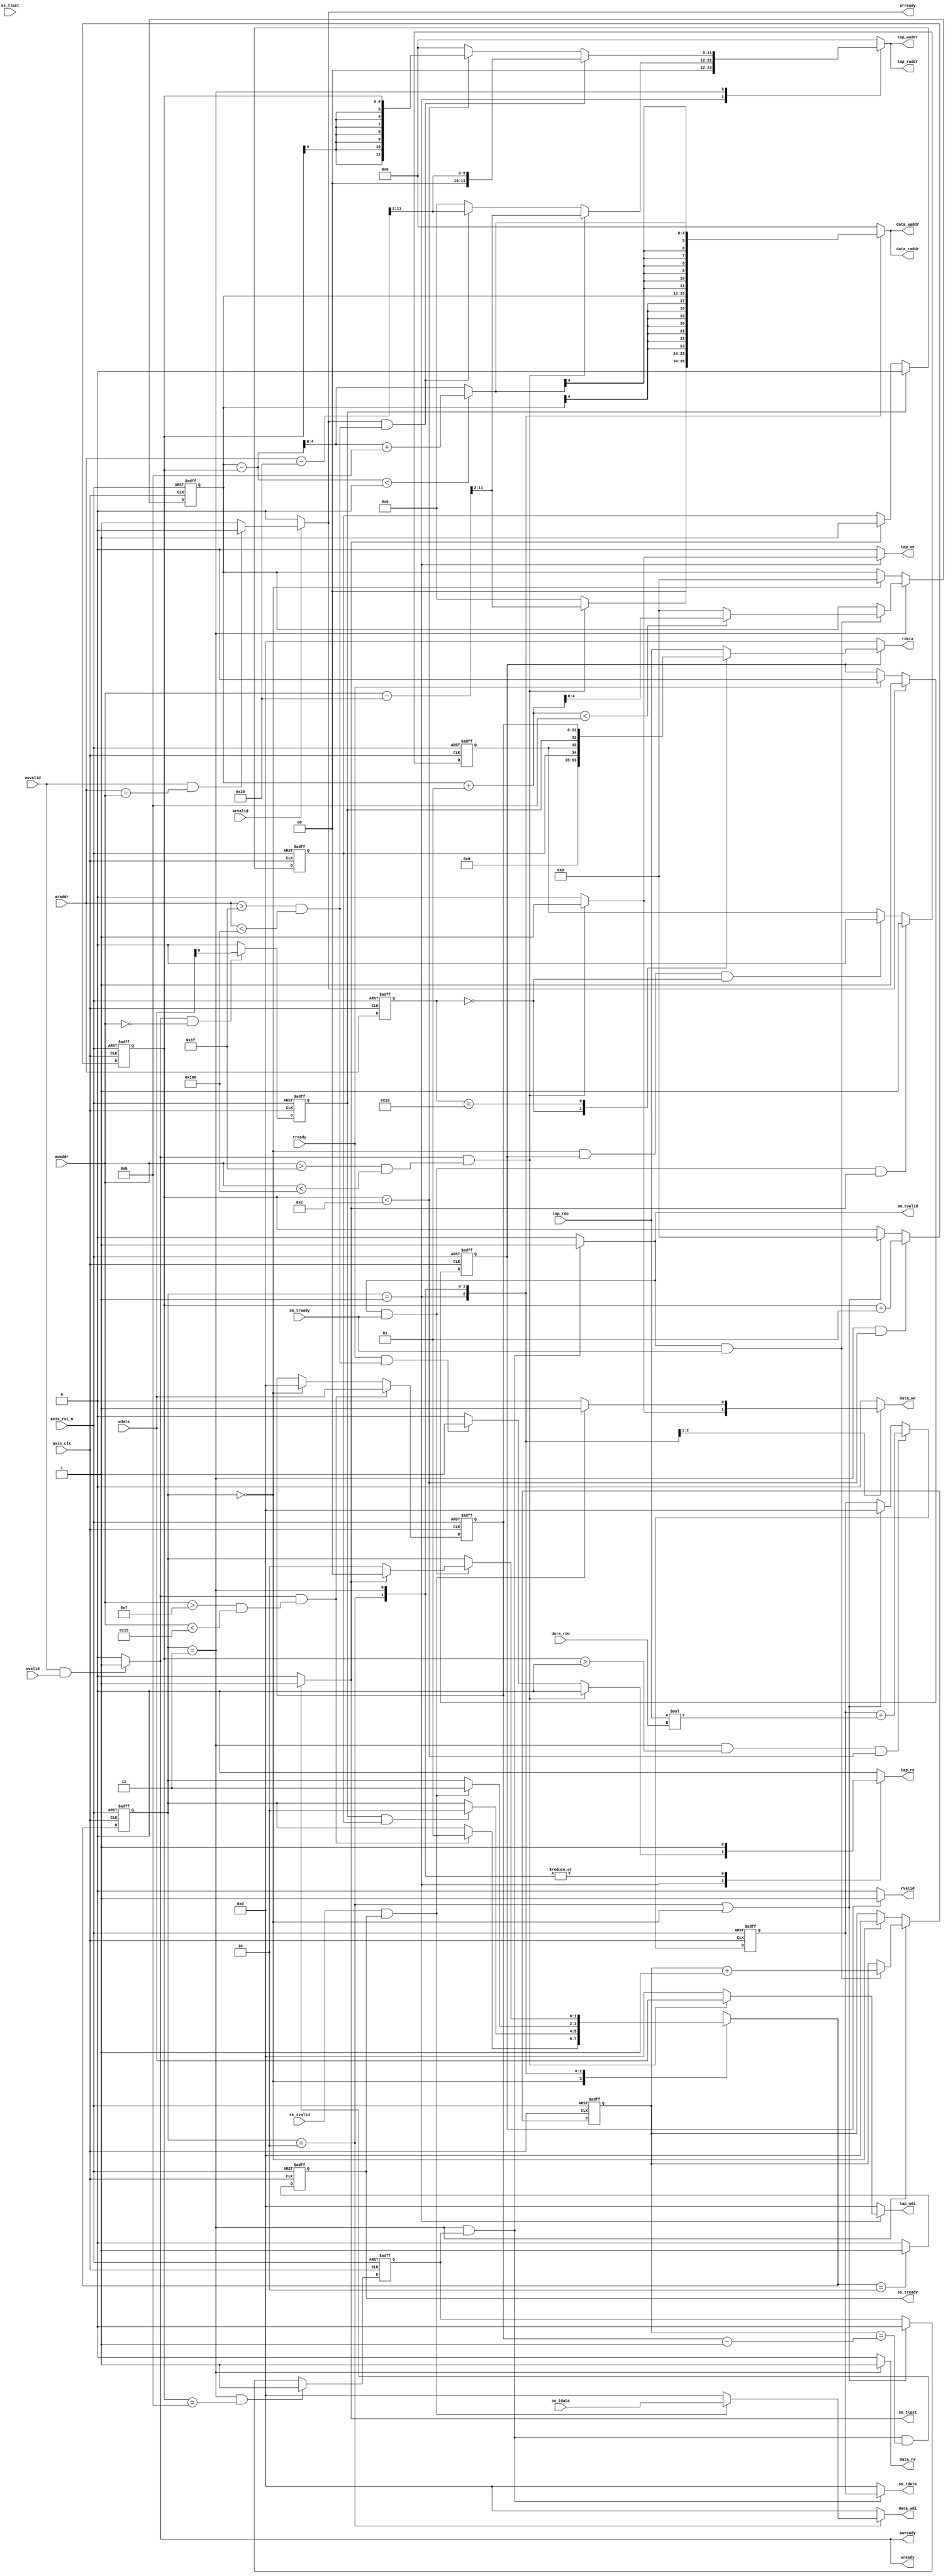
module fir 
#(  parameter pADDR_WIDTH = 12,
    parameter pDATA_WIDTH = 32,
    parameter Tape_Num    = 11
)
(

    //config_reg(ap, data_length, tap_coeffient)
    //write
    output  reg                      awready,
    output  reg                      wready,
    input   wire                     awvalid,
    input   wire [(pADDR_WIDTH-1):0] awaddr,
    input   wire                     wvalid,
    input   wire [(pDATA_WIDTH-1):0] wdata,

    //read
    output  reg                      arready,
    input   wire                     rready,
    input   wire                     arvalid,
    input   wire [(pADDR_WIDTH-1):0] araddr,
    output  reg                      rvalid,
    output  reg  [(pDATA_WIDTH-1):0] rdata,
    
    // x
    input   wire                     ss_tvalid, 
    input   wire [(pDATA_WIDTH-1):0] ss_tdata, 
    input   wire                     ss_tlast, 
    output  reg                      ss_tready, 

    // y
    input   wire                     sm_tready, 
    output  reg                      sm_tvalid, 
    output  reg  [(pDATA_WIDTH-1):0] sm_tdata, 
    output  reg                      sm_tlast, 
    
    /*
    // bram for tap RAM
    output  reg  [3:0]               tap_WE,
    output  reg                      tap_EN,
    output  reg  [(pDATA_WIDTH-1):0] tap_wdi,
    output  reg  [(pADDR_WIDTH-1):0] tap_A,
    input   wire [(pDATA_WIDTH-1):0] tap_rdo,

    // bram for data RAM
    output  reg  [3:0]               data_WE,
    output  reg                      data_EN,
    output  reg  [(pDATA_WIDTH-1):0] data_wdi,
    output  reg  [(pADDR_WIDTH-1):0] data_A,
    input   wire [(pDATA_WIDTH-1):0] data_rdo,
    */

    // bram for tap RAM
    output  reg                      tap_we,
    output  reg                      tap_re,
    output  reg  [(pADDR_WIDTH-1):0] tap_waddr,
    output  reg  [(pADDR_WIDTH-1):0] tap_raddr,
    output  reg  [(pDATA_WIDTH-1):0] tap_wdi,
    input   wire [(pDATA_WIDTH-1):0] tap_rdo,

    // bram for data RAM
    output  reg                      data_we,
    output  reg                      data_re,
    output  reg  [(pADDR_WIDTH-1):0] data_waddr,
    output  reg  [(pADDR_WIDTH-1):0] data_raddr,
    output  reg  [(pDATA_WIDTH-1):0] data_wdi,
    input   wire [(pDATA_WIDTH-1):0] data_rdo,

    input   wire                     axis_clk,
    input   wire                     axis_rst_n
);


//================================================================
// wire & registers 
//================================================================

//configuration register
/*
reg [(pDATA_WIDTH-1):0] config_reg [0:4096-1]; //2^pADDR_WIDTH, but only addr under FF is used, so maybe only [0:255] is needed?
assign ap_start = config_reg[12'h00][0];
assign ap_done = config_reg[12'h00][1];
assign ap_idle = config_reg[12'h00][2];
assign data_length = config_reg[12'h10];
*/

reg ap_start, ap_done, ap_idle;
reg [31:0] data_length;


//==============================================//
//            FSM State Declaration             //
//==============================================//
//FSM states
parameter S_IDLE = 'd0;
parameter S_TAP = 'd1;
parameter S_DATA = 'd2;
parameter S_SUM = 'd3;

reg [1:0] current_state, next_state;

always @(posedge axis_clk or negedge axis_rst_n) begin
	if(!axis_rst_n) 
		current_state <= S_IDLE;
	else
		current_state <= next_state;
end

always @(*) begin
    case(current_state)
        S_IDLE: begin
            if(wready && (awaddr > 12'h0F && awaddr < 12'h15))  next_state = S_TAP;
            else                                                next_state = current_state;
        end
        S_TAP: begin
            if(ap_start & ap_idle)     next_state = S_DATA;
            else                       next_state = current_state;
        end
        S_DATA: begin
            if(ss_tvalid & ss_tready)     next_state = S_SUM;    // data in
            else                          next_state = current_state;
        end
        S_SUM: begin
            if(sm_tvalid && sm_tready)  next_state = (sm_tlast) ? S_IDLE: S_DATA;  // data out
            else                        next_state = current_state;
        end
	    default : next_state = S_IDLE;
    endcase
end


//==============================================//
//                  design                      //
//==============================================//

// AXI-lite write

// addr or data flag
/*
reg awaddr_received;
always @(posedge axis_clk or negedge axis_rst_n) begin
    if(!axis_rst_n)
        awaddr_received <= 0;
    else
        if(awvalid && awready)
            awaddr_received <= 1;  //waiting for data
        else if(wvalid && wready)
            awaddr_received <= 0;  //data received
end
*/

/*
// addr record
reg [pADDR_WIDTH-1:0] waddr;
always @(posedge axis_clk or negedge axis_rst_n) begin
    if(!axis_rst_n)
        waddr <= 0;
    else
        if(wready && wvalid)
            waddr <= awaddr;
end
*/



// axi-lite read channel ready
always @(*) begin
    if(arvalid) begin  
        arready = (awvalid && (araddr == awaddr)) ? 0: 1; // in this case, the priority of write is higher than read
    end
    else begin
        arready = 0;
    end
end

// indicate the tap ram has been read, so rdata and rvalid can be sent out at next clk
reg read_request;
always @(posedge axis_clk or negedge axis_rst_n) begin
    if(!axis_rst_n)
        read_request <= 0;
    else
        if(arready)
            read_request <= 1;
        else if(rready)
            read_request <= 0;
end

/*
always @(posedge axis_clk or negedge axis_rst_n) begin
    if(!axis_rst_n) begin
        rvalid <= 0;
        rdata <= 0;
    end
    else begin
        if(rvalid) begin
            rvalid <= 0;
            rdata <= 0;
        end
        else if(read_request) begin
            rvalid <= 1;
            rdata <= tap_rdo;
        end
        else begin
            rvalid <= 0;
            rdata <= 0;
        end
    end
end
*/

reg [pADDR_WIDTH-1:0] araddr_reg;
always @(posedge axis_clk or negedge axis_rst_n) begin
    if(!axis_rst_n)
        araddr_reg <= 0;
    else
        araddr_reg <= araddr;
end

always @(*) begin
    if(read_request) begin
        rvalid = 1;
        /*
        if(current_state == S_TAP)
            rdata = tap_rdo;
        else
            if(araddr_reg == 12'h00)
                rdata = {{29{1'b0}}, ap_idle, ap_done, ap_start};
            else
                rdata = tap_rdo;
        */
        case(araddr_reg)
            12'h00:  rdata = {{29{1'b0}}, ap_idle, ap_done, ap_start};
            12'h10:  rdata = data_length;
            default: rdata = tap_rdo;
        endcase
    end
    else begin
        rvalid = 0;
        rdata = 0;
    end
end

/*
always @(posedge axis_clk or negedge axis_rst_n) begin
    if(!axis_rst_n) begin
        rvalid = 0;
        rdata = 0;
    end
    else begin
        if(arready) begin
            rvalid = 1;
            rdata = tap_rdo;
        end
        else begin
            rvalid = 0;
            rdata = 0;
        end
    end
end
*/

// axi-lite write channel ready
// two ready pull up only if both addr and data are valid
always @(*) begin
    if(awvalid && wvalid) begin
        awready = 1;
        wready = 1;
    end
    else begin
        awready = 0;
        wready = 0;
    end
end

// config_reg write

// data_length
always @(posedge axis_clk or negedge axis_rst_n) begin
    if(!axis_rst_n) begin
        data_length <= 0;
    end
    else
        if(wready && (awaddr > 12'h0F && awaddr < 12'h15))
            data_length <= wdata;
        else if(current_state == S_IDLE)
            data_length <= 0;
end


// ap_start
always @(posedge axis_clk or negedge axis_rst_n) begin
    if(!axis_rst_n) begin
        ap_start <= 0;
    end
    else
        if(wready && awaddr == 12'h00)
            ap_start <= wdata[0];
        else
            ap_start <= 0;
end

always @(posedge axis_clk or negedge axis_rst_n) begin
    if(!axis_rst_n)
        ap_idle <= 1;
    else
        if(ap_start)
            ap_idle <= 0;
        else if(sm_tlast)
            ap_idle <= 1;
end

always @(posedge axis_clk or negedge axis_rst_n) begin
    if(!axis_rst_n)
        ap_done <= 0;
    else
        if(sm_tvalid && sm_tready && sm_tlast)
            ap_done <= 1;
        else if(current_state == S_IDLE && read_request && araddr_reg == 12'h00)
            ap_done <= 0;
        //else if(read_request && araddr_reg == 12'h00)   // reset ap_done when tb read ap_done, but delay a cycle for tb test
        //    ap_done <= 0;
end

always @(*) begin
    case(current_state)
        S_TAP: begin
            // write
            if(wready && (awaddr > 12'h1F && awaddr < 12'h100)) begin
                //tap_EN = 1;
                //tap_WE = 4'b1111;
                tap_we = 1;
                tap_re = 0;
                tap_wdi = wdata;
            end
            // read
            else if(rready && (araddr > 12'h1F && araddr < 12'h100)) begin
                //tap_EN = 1;
                //tap_WE = 0;
                tap_we = 0;
                tap_re = 1;
                tap_wdi = 0;
            end
            else begin
                //tap_EN = 0;
                //tap_WE = 0;
                tap_we = 0;
                tap_re = 0;
                tap_wdi = 0;
            end
        end
        // read
        S_DATA: begin
            //tap_EN = 1;
            //tap_WE = 0;
            tap_we = 0;
            tap_re = 1;
            tap_wdi = 0;
        end
        S_SUM: begin
            //tap_EN = 1;
            //tap_WE = 0;
            tap_we = 0;
            tap_re = 1;
            tap_wdi = 0;
        end
        default: begin
            //tap_EN = 0;
            //tap_WE = 0;
            tap_we = 0;
            tap_re = 0;
            tap_wdi = 0;
        end
    endcase
end

// tap_ram addr control
always @(*) begin
    case(current_state)
        S_TAP: begin
            // write
            if(wready && (awaddr > 12'h1F && awaddr < 12'h100)) begin
                //tap_A = (awaddr - 12'h20);
                tap_waddr = (awaddr - 12'h20) >> 2;
                tap_raddr = (awaddr - 12'h20) >> 2;
            end
            //read
            else if(arready && (araddr > 12'h1F && araddr < 12'h100)) begin
                //tap_A = (araddr - 12'h20);
                tap_waddr = (araddr - 12'h20) >> 2;
                tap_raddr = (araddr - 12'h20) >> 2;
            end
            else begin
                //tap_A = 0;
                tap_waddr = 0;
                tap_raddr = 0;
            end
        end
        // read
        S_SUM: begin
            if(arready && (araddr > 12'h1F && araddr < 12'h100)) begin
                //tap_A = (araddr - 12'h20);
                tap_waddr = (araddr - 12'h20) >> 2;
                tap_raddr = (araddr - 12'h20) >> 2;
            end
            else begin
                //tap_A = tap_idx << 2;
                tap_waddr = (tap_idx < 12) ? tap_idx : 0;  // to prevent unknown output on tap_rdo
                tap_raddr = (tap_idx < 12) ? tap_idx : 0;
            end
        end
        default: begin
            //tap_A = 0;
            tap_waddr = 0;
            tap_raddr = 0;
        end
    endcase
    
end


// to count sum times
//reg [3:0] sum_count;
// how many y have been calculated, finish the process when t == data_length-1
reg [31:0] t;
reg signed [4:0] t_mod11;

/*
always @(posedge axis_clk or negedge axis_rst_n) begin
    if(!axis_rst_n)
        sum_count <= 0;
    else begin
        if(current_state == S_SUM) begin
            if(t < 'd11)
                sum_count <= (sum_count > t) ? 0: sum_count + 1;
            else
                sum_count <= (sum_count > 10) ? 0: sum_count + 1;
        end
        else
            sum_count <= 0;
    end
end
*/

always @(posedge axis_clk or negedge axis_rst_n) begin
    if(!axis_rst_n)
        t <= 0;
    else begin
        if(current_state == S_SUM) begin
            if(sm_tvalid & sm_tready)
                t <= t + 1;
        end
        else if(current_state == S_IDLE)
            t <= 0;
    end
end

always @(posedge axis_clk or negedge axis_rst_n) begin
    if(!axis_rst_n)
        t_mod11 <= 0;
    else begin
        if(current_state == S_SUM) begin
            if(sm_tvalid & sm_tready)
                t_mod11 <= (t_mod11 + 1 < 11) ? (t_mod11 + 1): 0;
        end
        else if(current_state == S_IDLE)
            t_mod11 <= 0;
    end
end

reg signed [4:0] tap_idx;
always @(posedge axis_clk or negedge axis_rst_n) begin
    if(!axis_rst_n)
        tap_idx <= 0;
    else
        if((current_state == S_SUM) && (tap_idx < 12))
            tap_idx <= tap_idx + 1;
        else if(current_state == S_DATA || current_state == S_IDLE)
            tap_idx <= 0;
end

// ss
// take just 1 data a time
always @(posedge axis_clk or negedge axis_rst_n) begin
    if(!axis_rst_n)
        ss_tready <= 0;
    else
        //if(next_state == S_DATA && current_state != S_DATA)
        if(next_state == S_DATA)
            ss_tready <= 1;
        else
            ss_tready <= 0;
end

// data_ram
always @(*) begin
    case (current_state)
        S_TAP: begin
            // reset data_ram while tap_ram is writtening
            if(wready && (awaddr > 12'h1F && awaddr < 12'h100)) begin
                //data_EN = 1;
                //data_WE = 4'b1111;
                data_we = 1;
                data_re = 0;
                data_wdi = 0;
            end
            else begin
                //data_EN = 0;
                //data_WE = 0;
                data_we = 0;
                data_re = 0;
                data_wdi = 0;
            end
        end
        S_DATA: begin
            // write
            if(ss_tready & ss_tvalid) begin
                //data_EN = 1;
                //data_WE = 4'b1111;
                data_we = 1;
                data_re = 0;
                data_wdi = ss_tdata;
            end
            else begin
                //data_EN = 0;
                //data_WE = 0;
                data_we = 0;
                data_re = 0;
                data_wdi = 0;
            end
        end
        // read
        S_SUM: begin
            //data_EN = 1;
            //data_WE = 0;
            data_we = 0;
            data_re = 1;
            data_wdi = 0;
        end
        default: begin
            //data_EN = 0;
            //data_WE = 0;
            data_we = 0;
            data_re = 0;
            data_wdi = 0;
        end
    endcase
end

always @(*) begin
    case(current_state)
        // reset data_ram
        S_TAP: begin
            if(wready && (awaddr > 12'h1F && awaddr < 12'h100)) begin
                //data_A = (awaddr - 12'h20);
                data_waddr = (awaddr - 12'h20) >> 2;
                data_raddr = (awaddr - 12'h20) >> 2;
            end
            else begin
                //data_A = 0;
                data_waddr = 0;
                data_raddr = 0;
            end
        end
        S_DATA: begin
            //data_A = t_mod11 << 2;
            data_waddr = t_mod11;
            data_raddr = t_mod11;
        end
        S_SUM: begin
            //data_A = data_idx << 2;
            data_waddr = data_idx;
            data_raddr = data_idx;
        end
        default: begin
            //data_A = 0;
            data_waddr = 0;
            data_raddr = 0;
        end
    endcase
end

wire signed [4:0] data_idx;
assign data_idx = (t_mod11 - tap_idx < 0) ? t_mod11 - tap_idx + 11: t_mod11 - tap_idx;

wire signed [31:0] tap_value, data_value;
assign tap_value = tap_rdo;
assign data_value = data_rdo;

reg signed [31:0] temp;
always @(posedge axis_clk or negedge axis_rst_n) begin
    if(!axis_rst_n)
        temp <= 0;
    else begin
        if(current_state == S_SUM && tap_idx > 0 && tap_idx < 12)
            temp <= temp + tap_value * data_value;
        else if(current_state == S_DATA || current_state == S_IDLE)
            temp <= 0;
    end
end

reg temp_done;
always @(posedge axis_clk or negedge axis_rst_n) begin
    if(!axis_rst_n)
        temp_done <= 0;
    else begin
        if(current_state == S_SUM && tap_idx == 11)
            temp_done <= 1;
        else if(current_state == S_DATA || current_state == S_IDLE)
            temp_done <= 0;
    end
end

always @(*) begin
    if(current_state == S_SUM && temp_done) begin
        sm_tvalid = 1;
        sm_tdata = temp;
    end
    else begin
        sm_tvalid = 0;
        sm_tdata = 0;
    end
end

always @(*) begin
    if(current_state == S_SUM && temp_done && t == data_length-1)
        sm_tlast = 1;
    else
        sm_tlast = 0;
end

endmodule